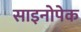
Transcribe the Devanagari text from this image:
साइनोपेक